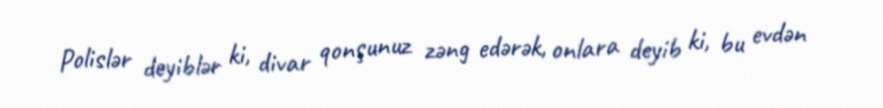
Polislər deyiblər ki, divar qonşunuz zəng edərək, onlara deyib ki, bu evdən